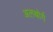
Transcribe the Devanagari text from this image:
अलबोर्ग